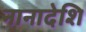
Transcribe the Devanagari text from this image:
नानादेशि